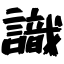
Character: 識